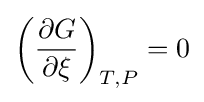
\left({\frac {\partial G}{\partial \xi }}\right)_{T,P}=0